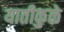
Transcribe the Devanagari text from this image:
यातीकुळे